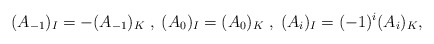
\begin{align*}(A_{-1})_{I}=-(A_{-1})_{K} \; , \;(A_{0})_{I}=(A_{0})_{K} \; , \;(A_{i})_{I}=(-1)^{i}(A_{i})_{K} ,\end{align*}